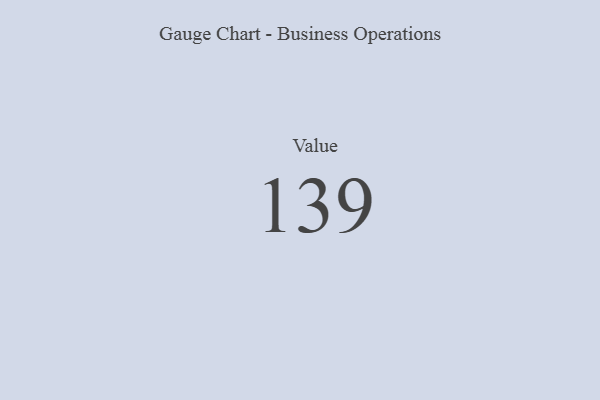
{"axis": {"x": "Metric", "y": "Value"}, "legend": [""], "data": [{"x": "Value", "y": 139, "type": ""}]}